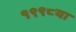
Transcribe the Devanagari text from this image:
१९९८या